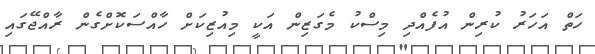
ހަތް އަހަރު ކުރިން އުފެއްދި މިސްކު މެގަޒިން އަކީ މިއުޒިކަށް ހާއްސަކޮށްގެން ރާއްޖޭގައި